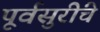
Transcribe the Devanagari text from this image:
पूर्वसुरींचे